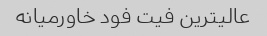
عالیترین فیت فود خاورمیانه